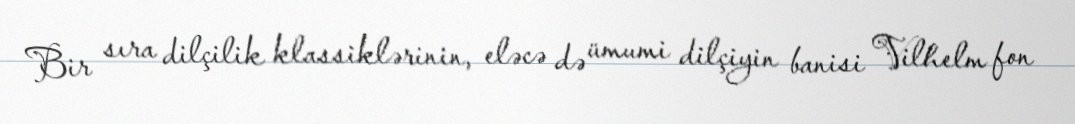
Bir sıra dilçilik klassiklərinin, eləcə də ümumi dilçiyin banisi Vilhelm fon